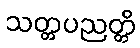
သတ္တပညတ္တိ